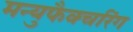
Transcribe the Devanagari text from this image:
मन्युफैक्चरिंग